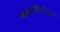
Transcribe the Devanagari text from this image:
माइक्रोकैरिअर